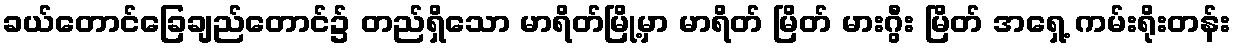
ခယ်တောင်ခြေချည်တောင်၌ တည်ရှိသော မာရိတ်မြို့မှာ မာရိတ် မြိတ် မားဂွီး မြိတ် အရှေ့ ကမ်းရိုးတန်း